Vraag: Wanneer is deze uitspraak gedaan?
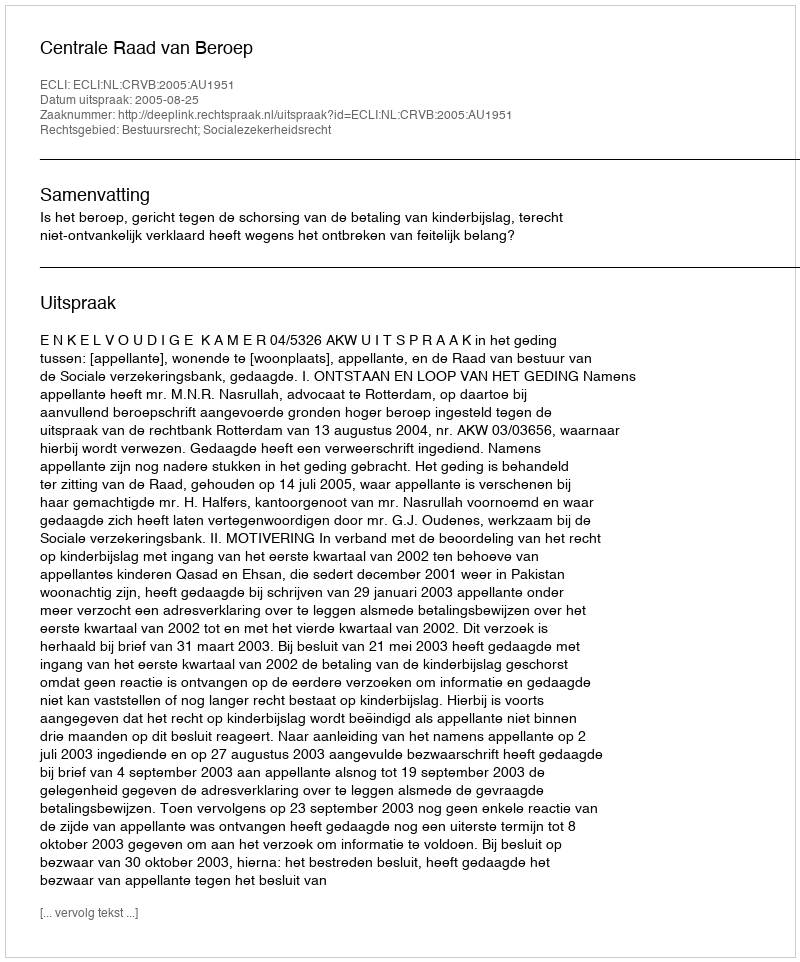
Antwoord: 2005-08-25